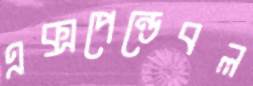
এক্সপেন্ডেবল